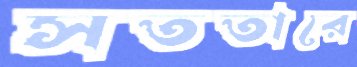
সততারে